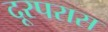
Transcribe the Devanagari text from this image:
दूरपरास